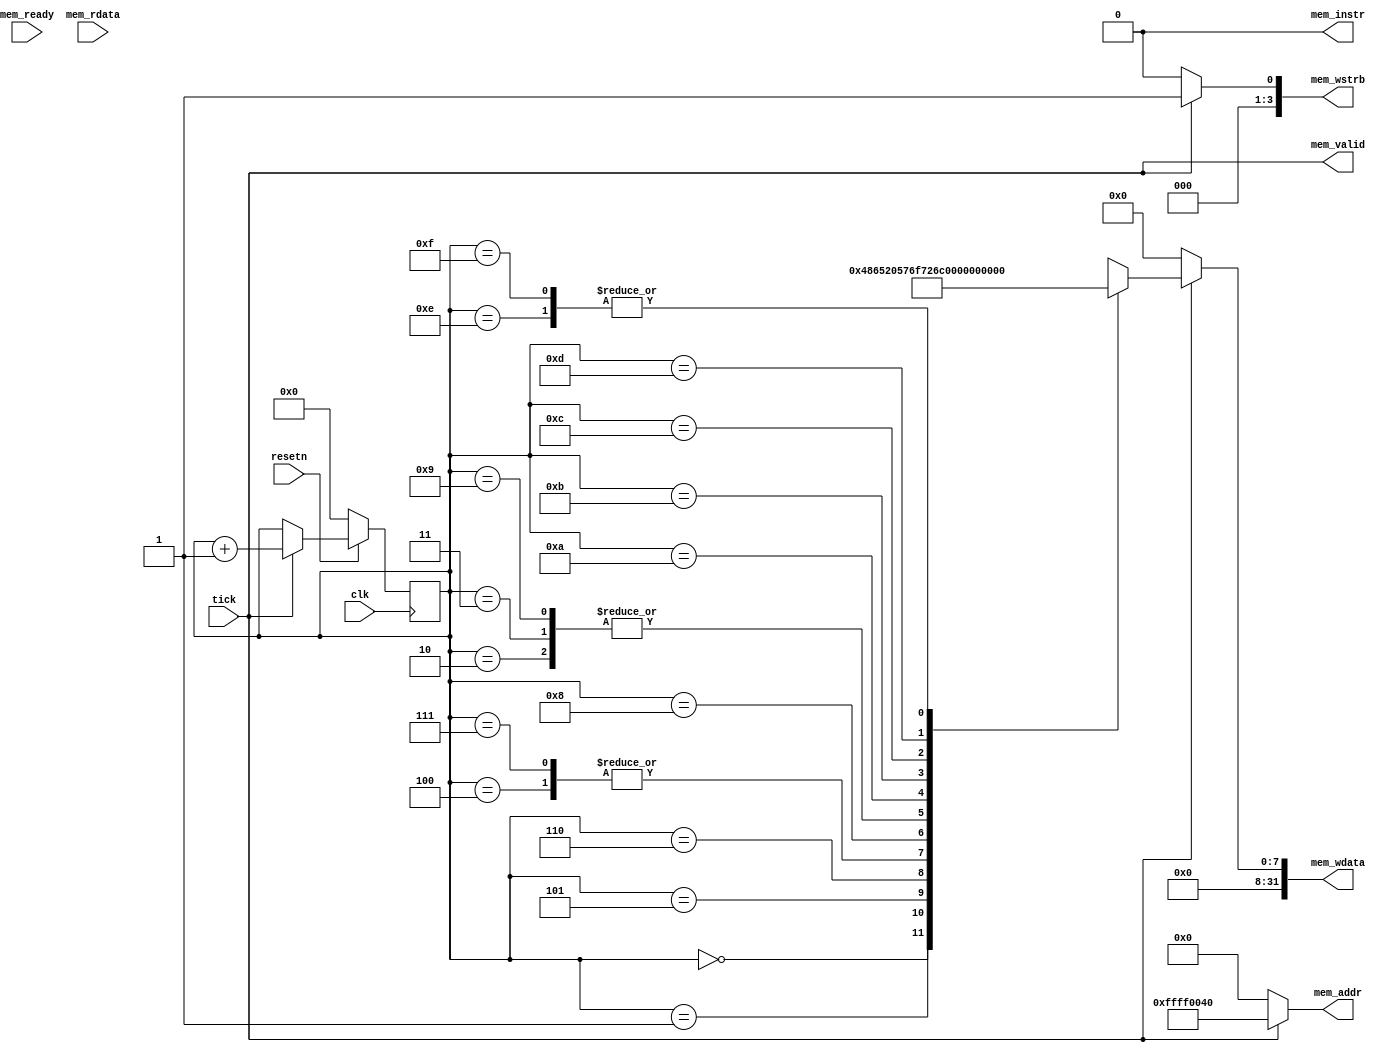
module uart_test_1 (
		  input wire 	     clk,
		  input wire 	     resetn,
		  output wire 	     mem_valid,
		  input wire 	     mem_ready,
		  output wire 	     mem_instr,
		  output wire [31:0] mem_addr,
		  output wire [3:0]  mem_wstrb,
		  output wire [31:0] mem_wdata,
		  input wire [31:0]  mem_rdata,
		  input wire 	     tick
		  );
   wire [7:0] 			     msg [0:15];
   assign msg[0]  = "H";
   assign msg[1]  = "e";
   assign msg[2]  = "l";
   assign msg[3]  = "l";
   assign msg[4]  = "o";
   assign msg[5]  = " ";
   assign msg[6]  = "W";
   assign msg[7]  = "o";
   assign msg[8]  = "r";
   assign msg[9]  = "l";
   assign msg[10] = "d";
   assign msg[11] = "!";
   assign msg[12] = 8'h0a;
   assign msg[13] = 8'h0d;
   assign msg[14] = 8'h00;
   assign msg[15] = 8'h00;
   reg [3:0] 			     index;
   always @(posedge clk) begin
      if (!resetn) begin
         index <= 0;
      end else begin
         if (tick) begin
            index <= index + 4'd1;
         end
      end
   end
   assign mem_valid = tick;
   assign mem_instr = 1'b0;
   assign mem_addr =  tick ? 32'hffff0040 : 32'b0;
   assign mem_wstrb = tick ? 4'b1 : 4'b0;
   assign mem_wdata = tick ? msg[index] : 32'b0;
endmodule